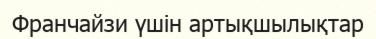
Франчайзи үшін артықшылықтар